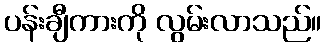
ပန်းချီကားကို လွမ်းလာသည်။